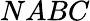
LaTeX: NABC